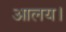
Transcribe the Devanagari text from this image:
आलय।